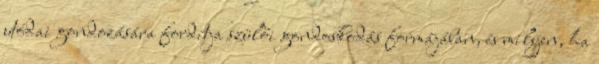
utódai gondozására fordítja szülői gondoskodás formájában, és milyen, ha